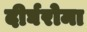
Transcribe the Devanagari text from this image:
दीर्घरोमा